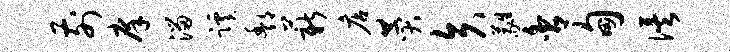
前庠溜蹊酆薪店赞矢蕤舍甸俟